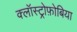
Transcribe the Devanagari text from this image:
क्लॉस्ट्रोफ़ोबिया